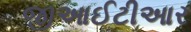
જીઆઈટીઆર